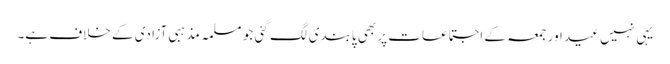
یہی نہیں عید اور جمعہ کے اجتماعات پر بھی پابندی لگ گئی جو مسلمہ مذہبی آزادی کے خلاف ہے۔